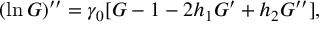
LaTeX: ( \ln G ) ^ { \prime \prime } = \gamma _ { 0 } [ G - 1 - 2 h _ { 1 } G ^ { \prime } + h _ { 2 } G ^ { \prime \prime } ] ,